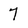
Character: 7